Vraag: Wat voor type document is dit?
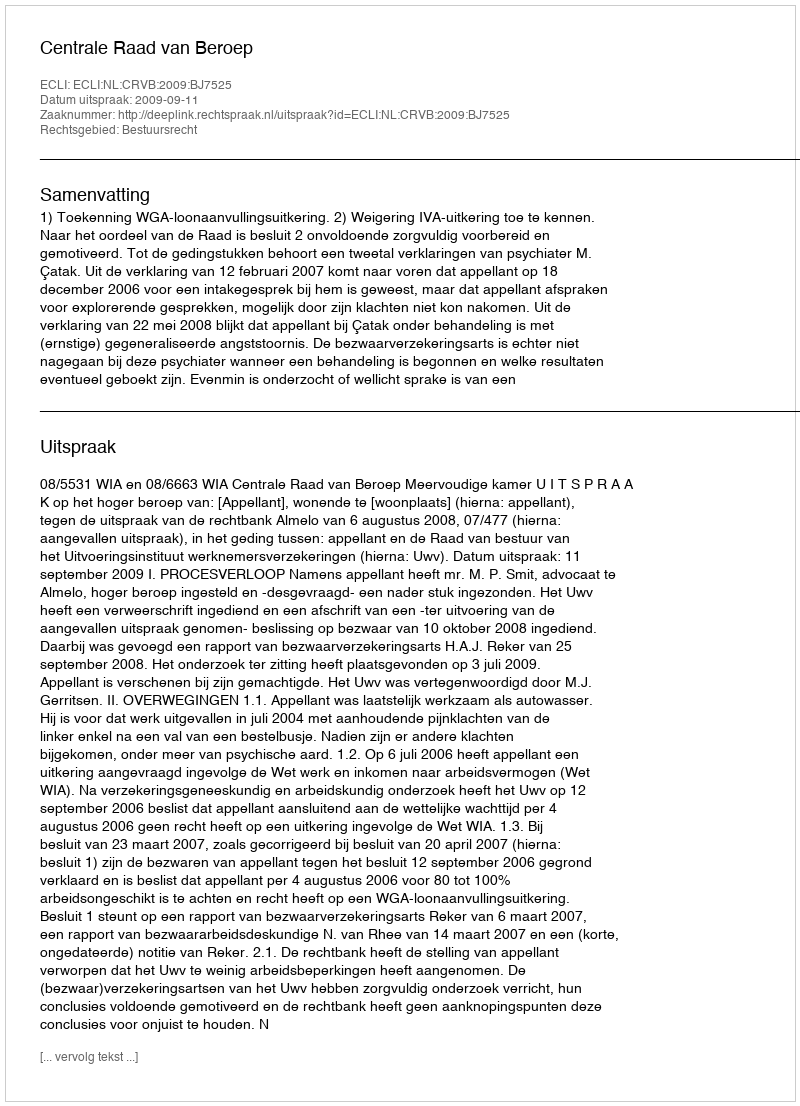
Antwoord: Uitspraak